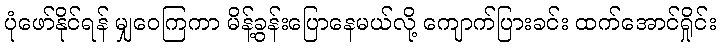
ပုံဖော်နိုင်ရန် မျှဝေကြကာ မိန့်ခွန်းပြောနေမယ်လို့ ကျောက်ပြားခင်း ထက်အောင်ရှိုင်း